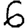
Digit: 6